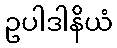
ဥပါဒါနိယံ